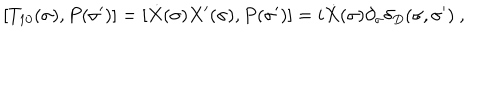
[ T _ { 1 0 } ( \sigma ) , P ( \sigma ^ { \prime } ) ] = [ \dot { X } ( \sigma ) X ^ { \prime } ( \sigma ) , P ( \sigma ^ { \prime } ) ] = i \dot { X } ( \sigma ) \partial _ { \sigma } \delta _ { D } ( \sigma , \sigma ^ { \prime } ) \ ,